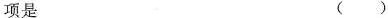
项是 ()